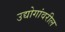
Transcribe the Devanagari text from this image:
उद्योगांवरील